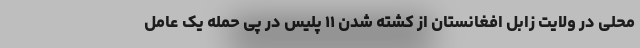
محلی در ولایت زابل افغانستان از کشته شدن ۱۱ پلیس در پی حمله یک عامل